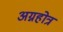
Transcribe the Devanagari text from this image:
अग्नहोत्र